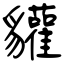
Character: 貛